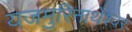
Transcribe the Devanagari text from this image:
यजमुरिनाथेश्‍वर